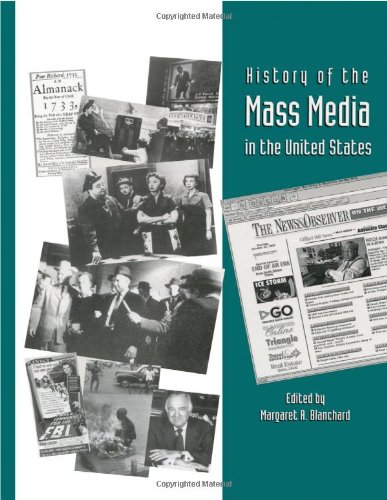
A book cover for History of the Mass Media in the United States: An Encyclopedia; Humor & Entertainment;